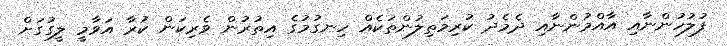
ފުލުހުންނާއި އާއްމުންނާއި ދެމެދު ކުރިމަތިލުންތަކެއް ހިނގުމުގެ އިތުރުން ވެރިކަން ކުރާ އަވާމީ ލީގުގަށް